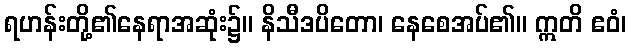
ရဟန်းတို့၏နေရာအဆုံး၌။ နိသီဒပိတော၊ နေစေအပ်၏။ ဣတိ ဧဝံ၊